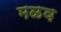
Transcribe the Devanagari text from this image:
मळव